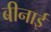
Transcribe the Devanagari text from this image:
बीनाई